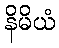
နိမိယံ